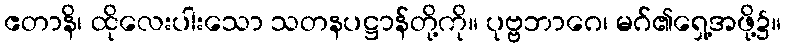
ဧတာနိ၊ ထိုလေးပါးသော သတနပဋ္ဌာန်တို့ကို။ ပုဗ္ဗဘာဂေ၊ မဂ်၏ရှေ့အဖို့၌။